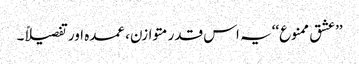
’’عشق ممنوع‘‘ یہ اس قدر متوازن، عمدہ اور تفصیلاً۔